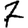
Digit: 7